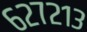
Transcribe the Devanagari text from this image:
६२७२१३